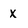
Character: x